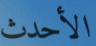
الأحدث